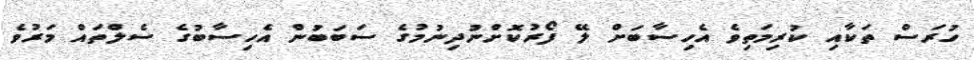
ހުރަސް ތަކާއި ކުރިމަތިވެ އެހިސާބަށް ލޭ ފޯރުކޮށްނުދިނުމުގެ ސަބަބުން އެހިސާބުގެ ސެލްތައް މަރުވެ